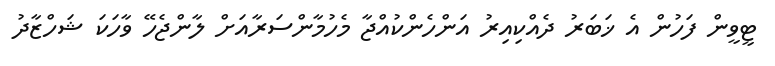
ޓީވީން ފަހުން އެ ޚަބަރު ދެއްކިއިރު އަންހެންކުއްޖާ މެހުމާންސަރާއަށް ލާންޖެހޭ ވާހަކަ ޝަހްޒާދު